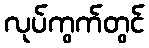
လုပ်ကွက်တွင်